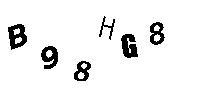
B98HG8